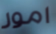
امور